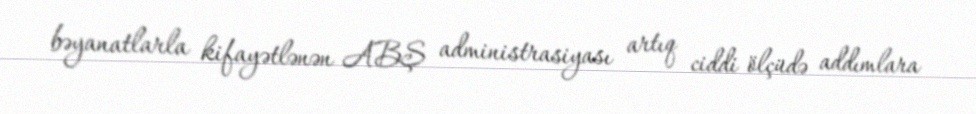
bəyanatlarla kifayətlənən ABŞ administrasiyası artıq ciddi ölçüdə addımlara